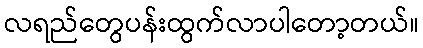
လရည်တွေပန်းထွက်လာပါတော့တယ်။